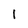
Character: l